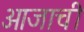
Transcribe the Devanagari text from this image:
आजाची